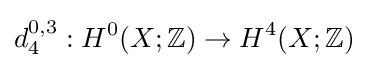
d_{4}^{0,3}:H^{0}(X;\mathbb {Z} )\to H^{4}(X;\mathbb {Z} )